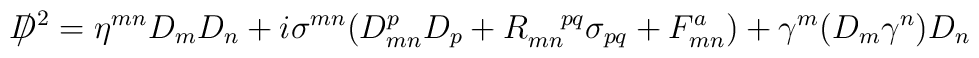
/\hspace{-3mm} D^2=\eta^{mn}D_mD_n+i\sigma^{mn}(D^p_{mn}D_p+R_{mn}^{~~~pq}\sigma_{pq}+F^a_{mn})+\gamma^m(D_m\gamma^n)D_n\\